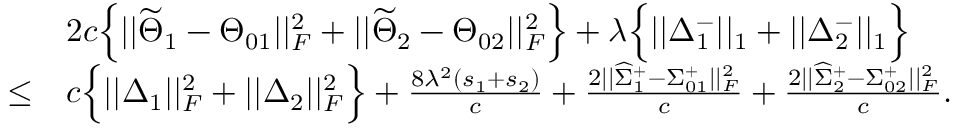
\begin{array} { r l } & { 2 c \Big \{ | | \widetilde { \Theta } _ { 1 } - \Theta _ { 0 1 } | | _ { F } ^ { 2 } + | | \widetilde { \Theta } _ { 2 } - \Theta _ { 0 2 } | | _ { F } ^ { 2 } \Big \} + \lambda \Big \{ | | \Delta _ { 1 } ^ { - } | | _ { 1 } + | | \Delta _ { 2 } ^ { - } | | _ { 1 } \Big \} } \\ { \leq } & { c \Big \{ | | \Delta _ { 1 } | | _ { F } ^ { 2 } + | | \Delta _ { 2 } | | _ { F } ^ { 2 } \Big \} + \frac { 8 \lambda ^ { 2 } ( s _ { 1 } + s _ { 2 } ) } { c } + \frac { 2 | | \widehat { \Sigma } _ { 1 } ^ { + } - \Sigma _ { 0 1 } ^ { + } | | _ { F } ^ { 2 } } { c } + \frac { 2 | | \widehat { \Sigma } _ { 2 } ^ { + } - \Sigma _ { 0 2 } ^ { + } | | _ { F } ^ { 2 } } { c } . } \end{array}